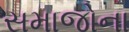
સમાજોના